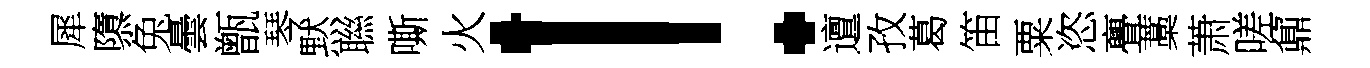
犀隳兔曇甑琴黙聮嘶火！邅孜葛笛粟恣亹藁萧嗟鼐